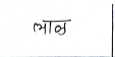
मजकूर: लाळ